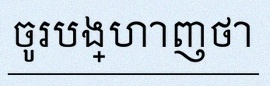
ចូរបង្ហាញថា